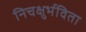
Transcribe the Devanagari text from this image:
निचक्षुर्भविता